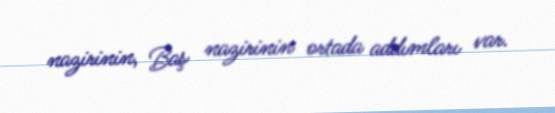
nazirinin, Baş nazirinin ortada addımları var.